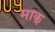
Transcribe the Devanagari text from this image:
माक्